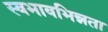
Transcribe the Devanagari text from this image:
स्वभावभिन्नता